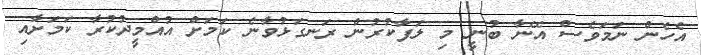
އެހެން ނަމަވެސް އޭނާ ބުނީ މި ލަފާކުރުން ރަނގަޅުވާނެ ކަމަށް އުއްމީދުކުރާ ކަމަށާއި